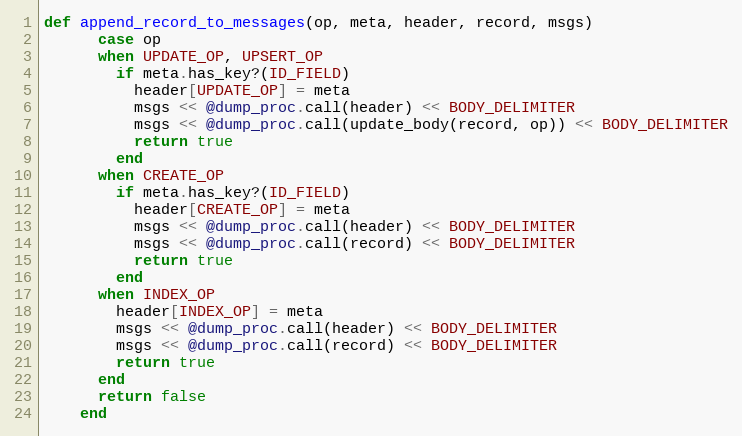
Language: Ruby
def append_record_to_messages(op, meta, header, record, msgs)
      case op
      when UPDATE_OP, UPSERT_OP
        if meta.has_key?(ID_FIELD)
          header[UPDATE_OP] = meta
          msgs << @dump_proc.call(header) << BODY_DELIMITER
          msgs << @dump_proc.call(update_body(record, op)) << BODY_DELIMITER
          return true
        end
      when CREATE_OP
        if meta.has_key?(ID_FIELD)
          header[CREATE_OP] = meta
          msgs << @dump_proc.call(header) << BODY_DELIMITER
          msgs << @dump_proc.call(record) << BODY_DELIMITER
          return true
        end
      when INDEX_OP
        header[INDEX_OP] = meta
        msgs << @dump_proc.call(header) << BODY_DELIMITER
        msgs << @dump_proc.call(record) << BODY_DELIMITER
        return true
      end
      return false
    end